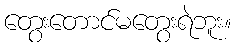
တွေးတောင်မတွေးရဲဘူး။